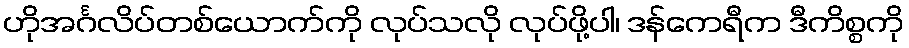
ဟိုအင်္ဂလိပ်တစ်ယောက်ကို လုပ်သလို လုပ်ဖို့ပါ၊ ဒန်ကေရီက ဒီကိစ္စကို